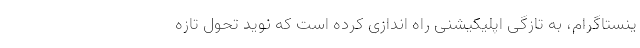
ینستاگرام، به تازگی اپلیکیشنی راه اندازی کرده است که نوید تحول تازه